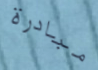
مبادرة